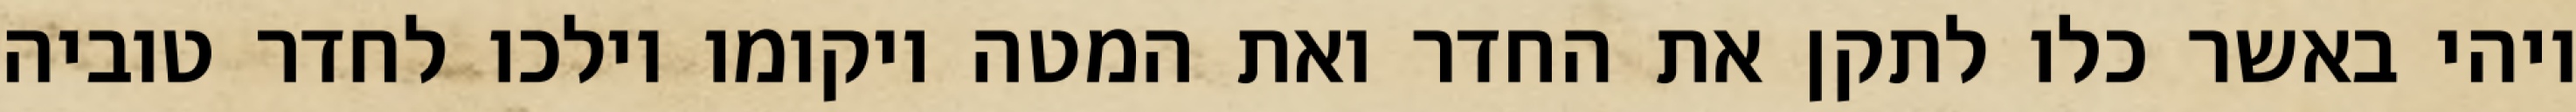
ויהי באשר כלו לתקן את החדר ואת המטה ויקומו וילכו לחדר טוביה